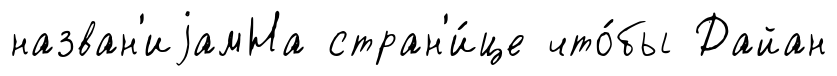
назван'иjамНа стран'и́це что́бы Дайан